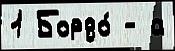
1 Бордо́ - а